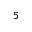
^ 5